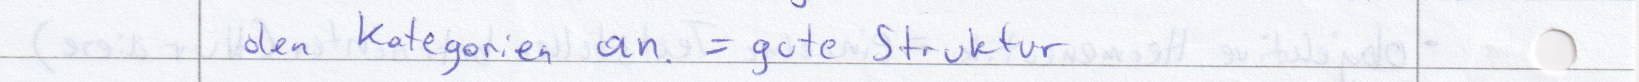
den Kategorien an = gute Struktur